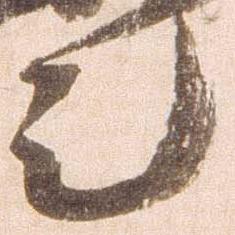
令